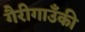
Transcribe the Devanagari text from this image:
गैरीगाउँकी